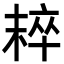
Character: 𣖢